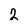
Character: 2